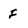
Character: f